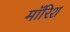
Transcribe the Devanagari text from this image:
मॉरिश